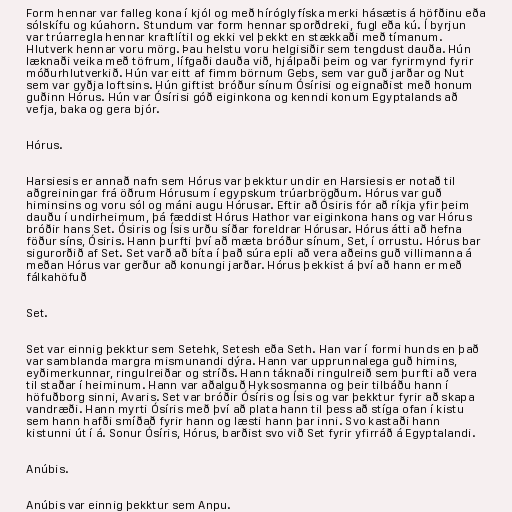
Form hennar var falleg kona í kjól og með híróglyfíska merki hásætis á höfðinu eða
sólskífu og kúahorn. Stundum var form hennar sporðdreki, fugl eða kú. Í byrjun
var trúarregla hennar kraftlítil og ekki vel þekkt en stækkaði með tímanum.
Hlutverk hennar voru mörg. Þau helstu voru helgisiðir sem tengdust dauða. Hún
læknaði veika með töfrum, lífgaði dauða við, hjálpaði þeim og var fyrirmynd fyrir
móðurhlutverkið. Hún var eitt af fimm börnum Gebs, sem var guð jarðar og Nut
sem var gyðja loftsins. Hún giftist bróður sínum Ósírisi og eignaðist með honum
guðinn Hórus. Hún var Ósírisi góð eiginkona og kenndi konum Egyptalands að
vefja, baka og gera bjór.

Hórus.

Harsiesis er annað nafn sem Hórus var þekktur undir en Harsiesis er notað til
aðgreiningar frá öðrum Hórusum í egypskum trúarbrögðum. Hórus var guð
himinsins og voru sól og máni augu Hórusar. Eftir að Ósiris fór að ríkja yfir þeim
dauðu í undirheimum, þá fæddist Hórus Hathor var eiginkona hans og var Hórus
bróðir hans Set. Ósiris og Ísis urðu síðar foreldrar Hórusar. Hórus átti að hefna
föður síns, Ósiris. Hann þurfti því að mæta bróður sínum, Set, í orrustu. Hórus bar
sigurorðið af Set. Set varð að bíta í það súra epli að vera aðeins guð villimanna á
meðan Hórus var gerður að konungi jarðar. Hórus þekkist á því að hann er með
fálkahöfuð

Set.

Set var einnig þekktur sem Setehk, Setesh eða Seth. Han var í formi hunds en það
var samblanda margra mismunandi dýra. Hann var upprunnalega guð himins,
eyðimerkunnar, ringulreiðar og stríðs. Hann táknaði ringulreið sem þurfti að vera
til staðar í heiminum. Hann var aðalguð Hyksosmanna og þeir tilbáðu hann í
höfuðborg sinni, Avaris. Set var bróðir Ósíris og Ísis og var þekktur fyrir að skapa
vandræði. Hann myrti Ósíris með því að plata hann til þess að stíga ofan í kistu
sem hann hafði smíðað fyrir hann og læsti hann þar inni. Svo kastaði hann
kistunni út í á. Sonur Ósíris, Hórus, barðist svo við Set fyrir yfirráð á Egyptalandi.

Anúbis.

Anúbis var einnig þekktur sem Anpu.